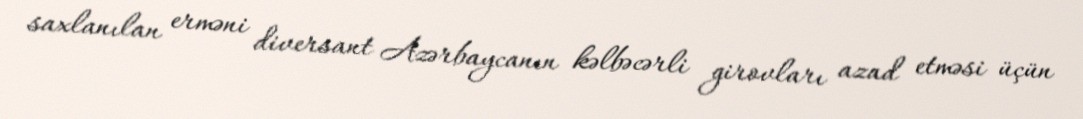
saxlanılan erməni diversant Azərbaycanın kəlbəcərli girovları azad etməsi üçün